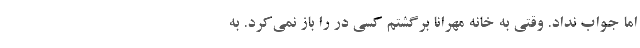
اما جواب نداد. وقتی به خانه مهرانا برگشتم کسی در را باز نمی‌کرد. به